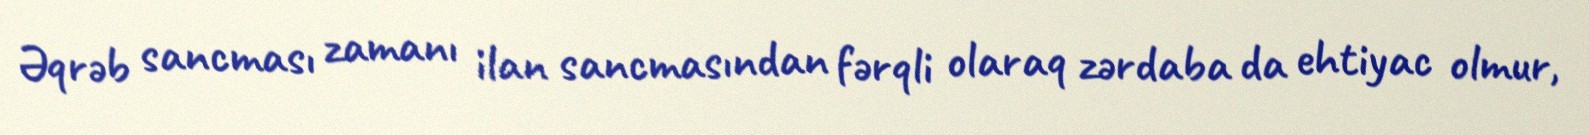
Əqrəb sancması zamanı ilan sancmasından fərqli olaraq zərdaba da ehtiyac olmur,